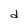
Character: d